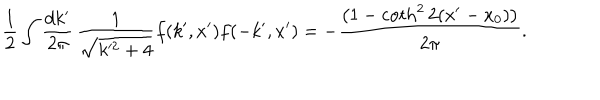
\frac { 1 } { 2 } \int \frac { d k ^ { \prime } } { 2 \pi } \, \frac { 1 } { \sqrt { k ^ { 2 } + 4 } } f ( k ^ { \prime } , x ^ { \prime } ) f ( - k ^ { \prime } , x ^ { \prime } ) = - \frac { \left( 1 - \coth ^ { 2 } 2 ( x ^ { \prime } - x _ { 0 } ) \right) } { 2 \pi } .